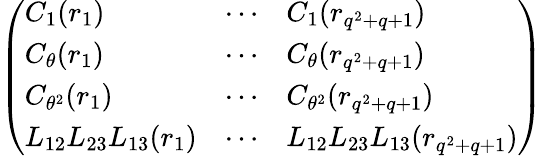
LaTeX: \begin{array}{r}{\left(\begin{array}{lll}{C_{1}(r_{1})}&{\cdots}&{C_{1}(r_{q^{2}+q+1})}\\ {C_{\theta}(r_{1})}&{\cdots}&{C_{\theta}(r_{q^{2}+q+1})}\\ {C_{\theta^{2}}(r_{1})}&{\cdots}&{C_{\theta^{2}}(r_{q^{2}+q+1})}\\ {L_{12}L_{23}L_{13}(r_{1})}&{\cdots}&{L_{12}L_{23}L_{13}(r_{q^{2}+q+1})}\end{array}\right)}\end{array}